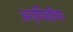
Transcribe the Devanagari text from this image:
अग्णिवीणा